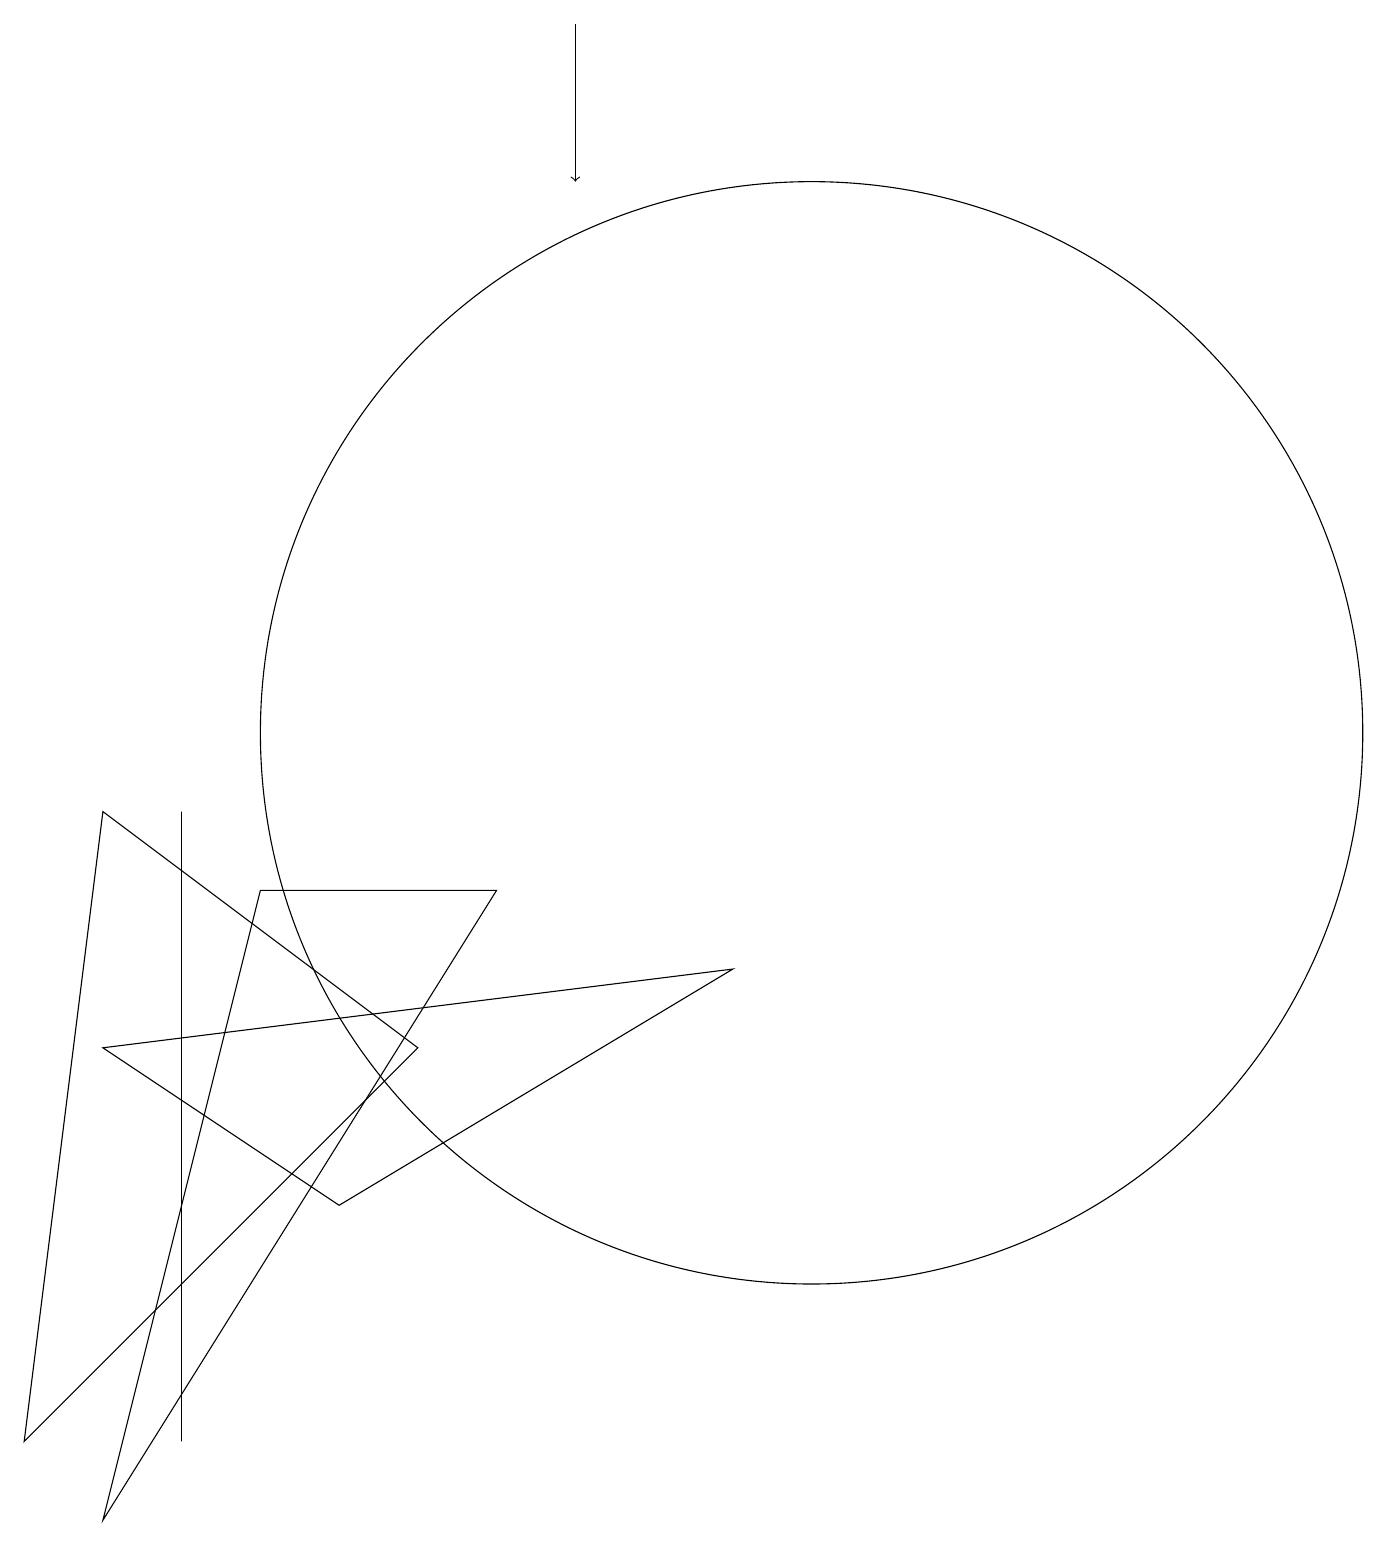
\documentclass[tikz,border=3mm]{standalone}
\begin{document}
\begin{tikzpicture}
\draw (10,10) circle (7);
\draw (4,4) -- (1,6) -- (9,7) -- cycle;
\draw (2,1) -- (2,8) -- (2,9) -- cycle;
\draw (6,8) -- (3,8) -- (1,0) -- cycle;
\draw (1,9) -- (5,6) -- (0,1) -- cycle;
\draw[->] (7,19) -- (7,17);
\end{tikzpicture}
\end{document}